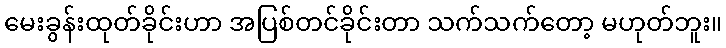
မေးခွန်းထုတ်ခိုင်းဟာ အပြစ်တင်ခိုင်းတာ သက်သက်တော့ မဟုတ်ဘူး။